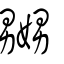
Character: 嬲